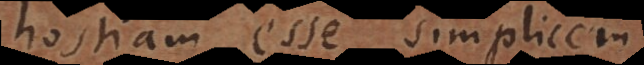
hostiam esse simplicem